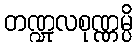
တဏ္ဍုလစုဏ္ဏမ္ပိ